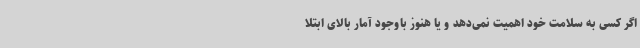
اگر کسی به‌ سلامت خود اهمیت نمی‌دهد و یا هنوز باوجود آمار بالای ابتلا